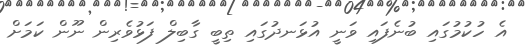
އެ ހުކުމުގައި ބުނެފައި ވަނީ އުޅަނދުގައި ތިބީ ގާބިލް ފަޅުވެރިން ނޫން ކަމަށް